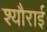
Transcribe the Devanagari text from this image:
श्यौराई